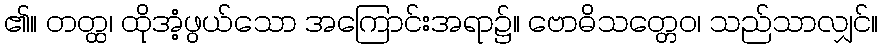
၏။ တတ္ထ၊ ထိုအံ့ဖွယ်သော အကြောင်းအရာ၌။ ဗောဓိသတ္တေဝ၊ သည်သာလျှင်။